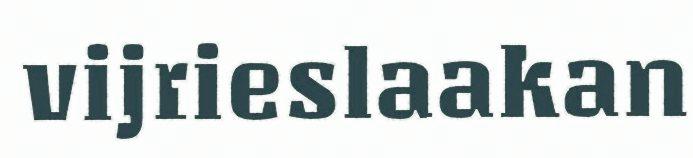
vijrieslaakan